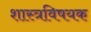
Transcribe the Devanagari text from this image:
शास्त्रविषयक